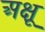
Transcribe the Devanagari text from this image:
अक्षू